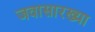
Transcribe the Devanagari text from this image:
जवासारख्या